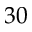
3 0